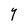
Character: Y